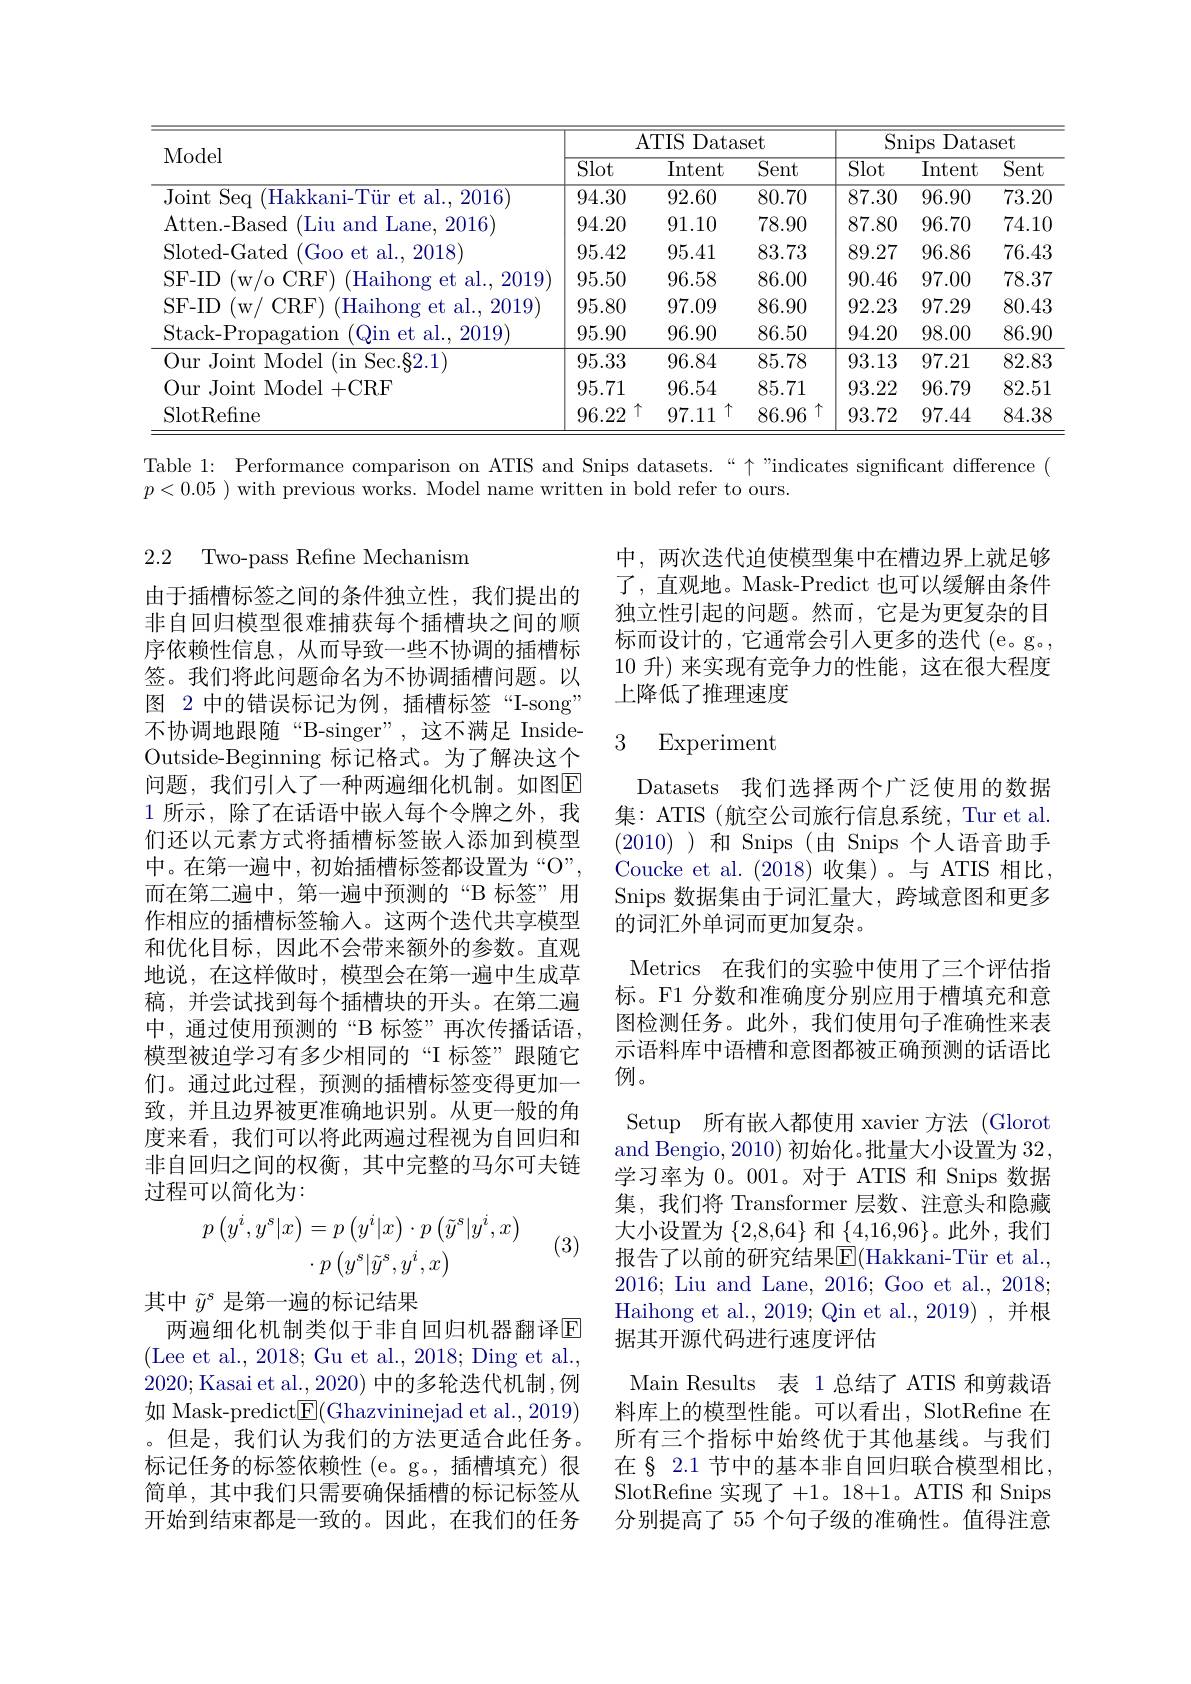
<table>
	<tbody>
		<tr>
			<th rowspan="2">Model</th>
			<th colspan="3">ATIS S Dataset</th>
			<th colspan="3">Snips Dataset</th>
		</tr>
		<tr>
			<th>$\overline{\mathrm{Slot}}$</th>
			<th>Intent</th>
			<th>Sent</th>
			<th>$\overline{\mathrm{Slot}}$</th>
			<th>Intent</th>
			<th>$\overline{\mathrm{Sent}}$</th>
		</tr>
		<tr>
			<td>Joint Seq (Hakkani-Tür et al., 2016)</td>
			<td>94.30</td>
			<td>92.60</td>
			<td>80.70</td>
			<td>87.30</td>
			<td>96.90</td>
			<td>73.20</td>
		</tr>
		<tr>
			<td>Atten. - Based (Liu and Lane, 2016</td>
			<td>94.20</td>
			<td>91.10</td>
			<td>78.90</td>
			<td>87.80</td>
			<td>96.70</td>
			<td>74.10</td>
		</tr>
		<tr>
			<td>Sloted-Gated (Goo et al., 2018</td>
			<td>95.42</td>
			<td>95.41</td>
			<td>83.73</td>
			<td>89.27</td>
			<td>96.86</td>
			<td>76.43</td>
		</tr>
		<tr>
			<td>SF-ID (w/oCRF) Haihong et al. , 2019</td>
			<td>95.50</td>
			<td>96.58</td>
			<td>86.00</td>
			<td>90.46</td>
			<td>97.00</td>
			<td>78.37</td>
		</tr>
		<tr>
			<td>SF- ID CRF Haihong et al. , 2019 (w/</td>
			<td>95.80</td>
			<td>97.09</td>
			<td>86.90</td>
			<td>92.23</td>
			<td>97.29</td>
			<td>80.43</td>
		</tr>
		<tr>
			<td>Stack- Propagation Qin et al. , 2019</td>
			<td>95.90</td>
			<td>96.90</td>
			<td>86.50</td>
			<td>94.20</td>
			<td>98.00</td>
			<td>86.90</td>
		</tr>
		<tr>
			<td>Our Joint Model (in Sec.§2.1</td>
			<td>95.33</td>
			<td>96.84</td>
			<td>85.78</td>
			<td>93.13</td>
			<td>97.21</td>
			<td>82.83</td>
		</tr>
		<tr>
			<td>Our Joint Model + CRF</td>
			<td>95.71</td>
			<td>96.54</td>
			<td>85.71</td>
			<td>93.22</td>
			<td>96.79</td>
			<td>82.51</td>
		</tr>
		<tr>
			<td>SlotRefine</td>
			<td>个 96.22</td>
			<td>个 97.11</td>
			<td>86.96 个</td>
			<td>93.72</td>
			<td>97.44</td>
			<td>84.38</td>
		</tr>
	</tbody>
</table>

Table 1: Performance comparison on ATIS and Snips datasets.“ "indicates significant difference (
$p<0.05$ ) with previous works. Model name written in bold refer to ours.

2.2 Two-pass Refine Mechanism

中，两次迭代迫使模型集中在槽边界上就足够了，直观地。Mask-Predict 也可以缓解由条件独立性引起的问题。然而，它是为更复杂的目标而设计的，它通常会引入更多的迭代(e。g。, 10 升) 来实现有竞争力的性能，这在很大程度上降低了推理速度

### 3 Experiment

由于插槽标签之间的条件独立性，我们提出的非自回归模型很难捕获每个插槽块之间的顺序依赖性信息，从而导致一些不协调的插槽标签。我们将此问题命名为不协调插槽问题。以图 2 中的错误标记为例，插槽标签“I-song” 不协调地跟随“B-singer”,这不满足 InsideOutside-Beginning 标记格式。为了解决这个问题，我们引人了一种两遍细化机制。如图$\overline{\mathrm{E}}$ 1 所示，除了在话语中嵌人每个令牌之外，我们还以元素方式将插槽标签嵌入添加到模型中。在第一遍中，初始插槽标签都设置为“O”, 而在第二遍中，第一遍中预测的“B 标签”用作相应的插槽标签输入。这两个迭代共享模型和优化目标，因此不会带来额外的参数。直观地说，在这样做时，模型会在第一遍中生成草稿，并尝试找到每个插槽块的开头。在第二遍中，通过使用预测的“B 标签”再次传播话语， 模型被迫学习有多少相同的“I 标签”跟随它们。通过此过程，预测的插槽标签变得更加一致，并且边界被更准确地识别。从更一般的角度来看，我们可以将此两遍过程视为自回归和非自回归之间的权衡，其中完整的马尔可夫链过程可以简化为：
$$p\left(y^{i},y^{s}|x\right)=p\left(y^{i}|x\right)\cdot p\left(\tilde{y}^{s}|y^{i},x\right)\\\cdot p\left(y^{s}|\tilde{y}^{s},y^{i},x\right)$$
Datasets 我们选择两个广泛使用的数据集：ATIS (航空公司旅行信息系统，Tur et al. (2010) )和 Snips (由 Snips 个人语音助手Coucke et al.(2018)收集)。与 ATIS 相比， Snips 数据集由于词汇量大，跨域意图和更多的词汇外单词而更加复杂。
Metrics 在我们的实验中使用了三个评估指标。F1 分数和准确度分别应用于槽填充和意图检测任务。此外，我们使用句子准确性来表示语料库中语槽和意图都被正确预测的话语比例。
Setup 所有嵌入都使用 xavier 方法 (Glorot and Bengio, 2010) 初始化。批量大小设置为 32, 学习率为 0。001。对于 ATIS 和 Snips 数据集，我们将 Transformer 层数、注意头和隐藏大小设置为$\{2,8,64\}$和$\{4,16,96\}$。此外，我们报告了以前的研究结果$\overline{\mathrm{E}}($Hakkani-Tür et al., 2016; Liu and Lane, 2016; Goo et al., 2018; Haihong et al., 2019; Qin et al.,2019),并根据其开源代码进行速度评估
Main Results 表 1 总结了 ATIS 和剪裁语料库上的模型性能。可以看出，SlotRefine 在所有三个指标中始终优于其他基线。与我们在§ 2.1 节中的基本非自回归联合模型相比， SlotRefine 实现了+1。18+1。ATIS 和 Snips 分别提高了 55 个句子级的准确性。值得注意

(3)

其中$\tilde{y}^s$是第一遍的标记结果
两遍细化机制类似于非自回归机器翻译$\overline{\mathrm{E}}$ (Lee et al., 2018; Gu et al., 2018; Ding et al., 2020;Kasai et al.,2020) 中的多轮迭代机制 ,例如 Mask-predict$\underline{\mathrm{E}}($Ghazvininejad et al., 2019) 。但是，我们认为我们的方法更适合此任务。标记任务的标签依赖性 (e。g。,插槽填充) 很简单，其中我们只需要确保插槽的标记标签从开始到结束都是一致的。因此，在我们的任务